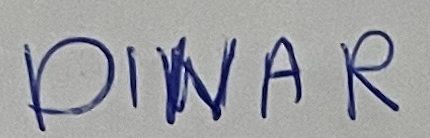
DINAR